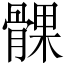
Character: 髁